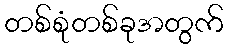
တစ်စုံတစ်ခုအတွက်